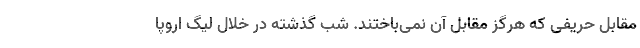
مقابل حریفی که هرگز مقابل آن نمی‌باختند. شب گذشته در خلال لیگ اروپا